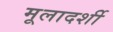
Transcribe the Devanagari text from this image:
मूलादर्शी